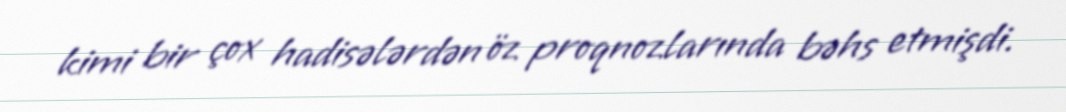
kimi bir çox hadisələrdən öz proqnozlarında bəhs etmişdi.